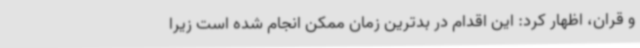
و قران، اظهار کرد: این اقدام در بدترین زمان ممکن انجام شده است زیرا